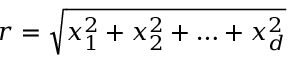
r = \sqrt { x _ { 1 } ^ { 2 } + x _ { 2 } ^ { 2 } + \ldots + x _ { d } ^ { 2 } }